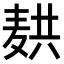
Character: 𬹆